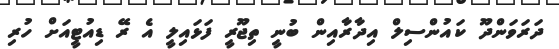
ދަރަވަންދޫ ކައުންސިލް އިދާރާއިން ބުނީ ތިޖޫރީ ފަޅައިލީ އެ ރޭ ޑިއުޓީއަށް ހުރި